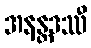
အနန္တဒဿီ